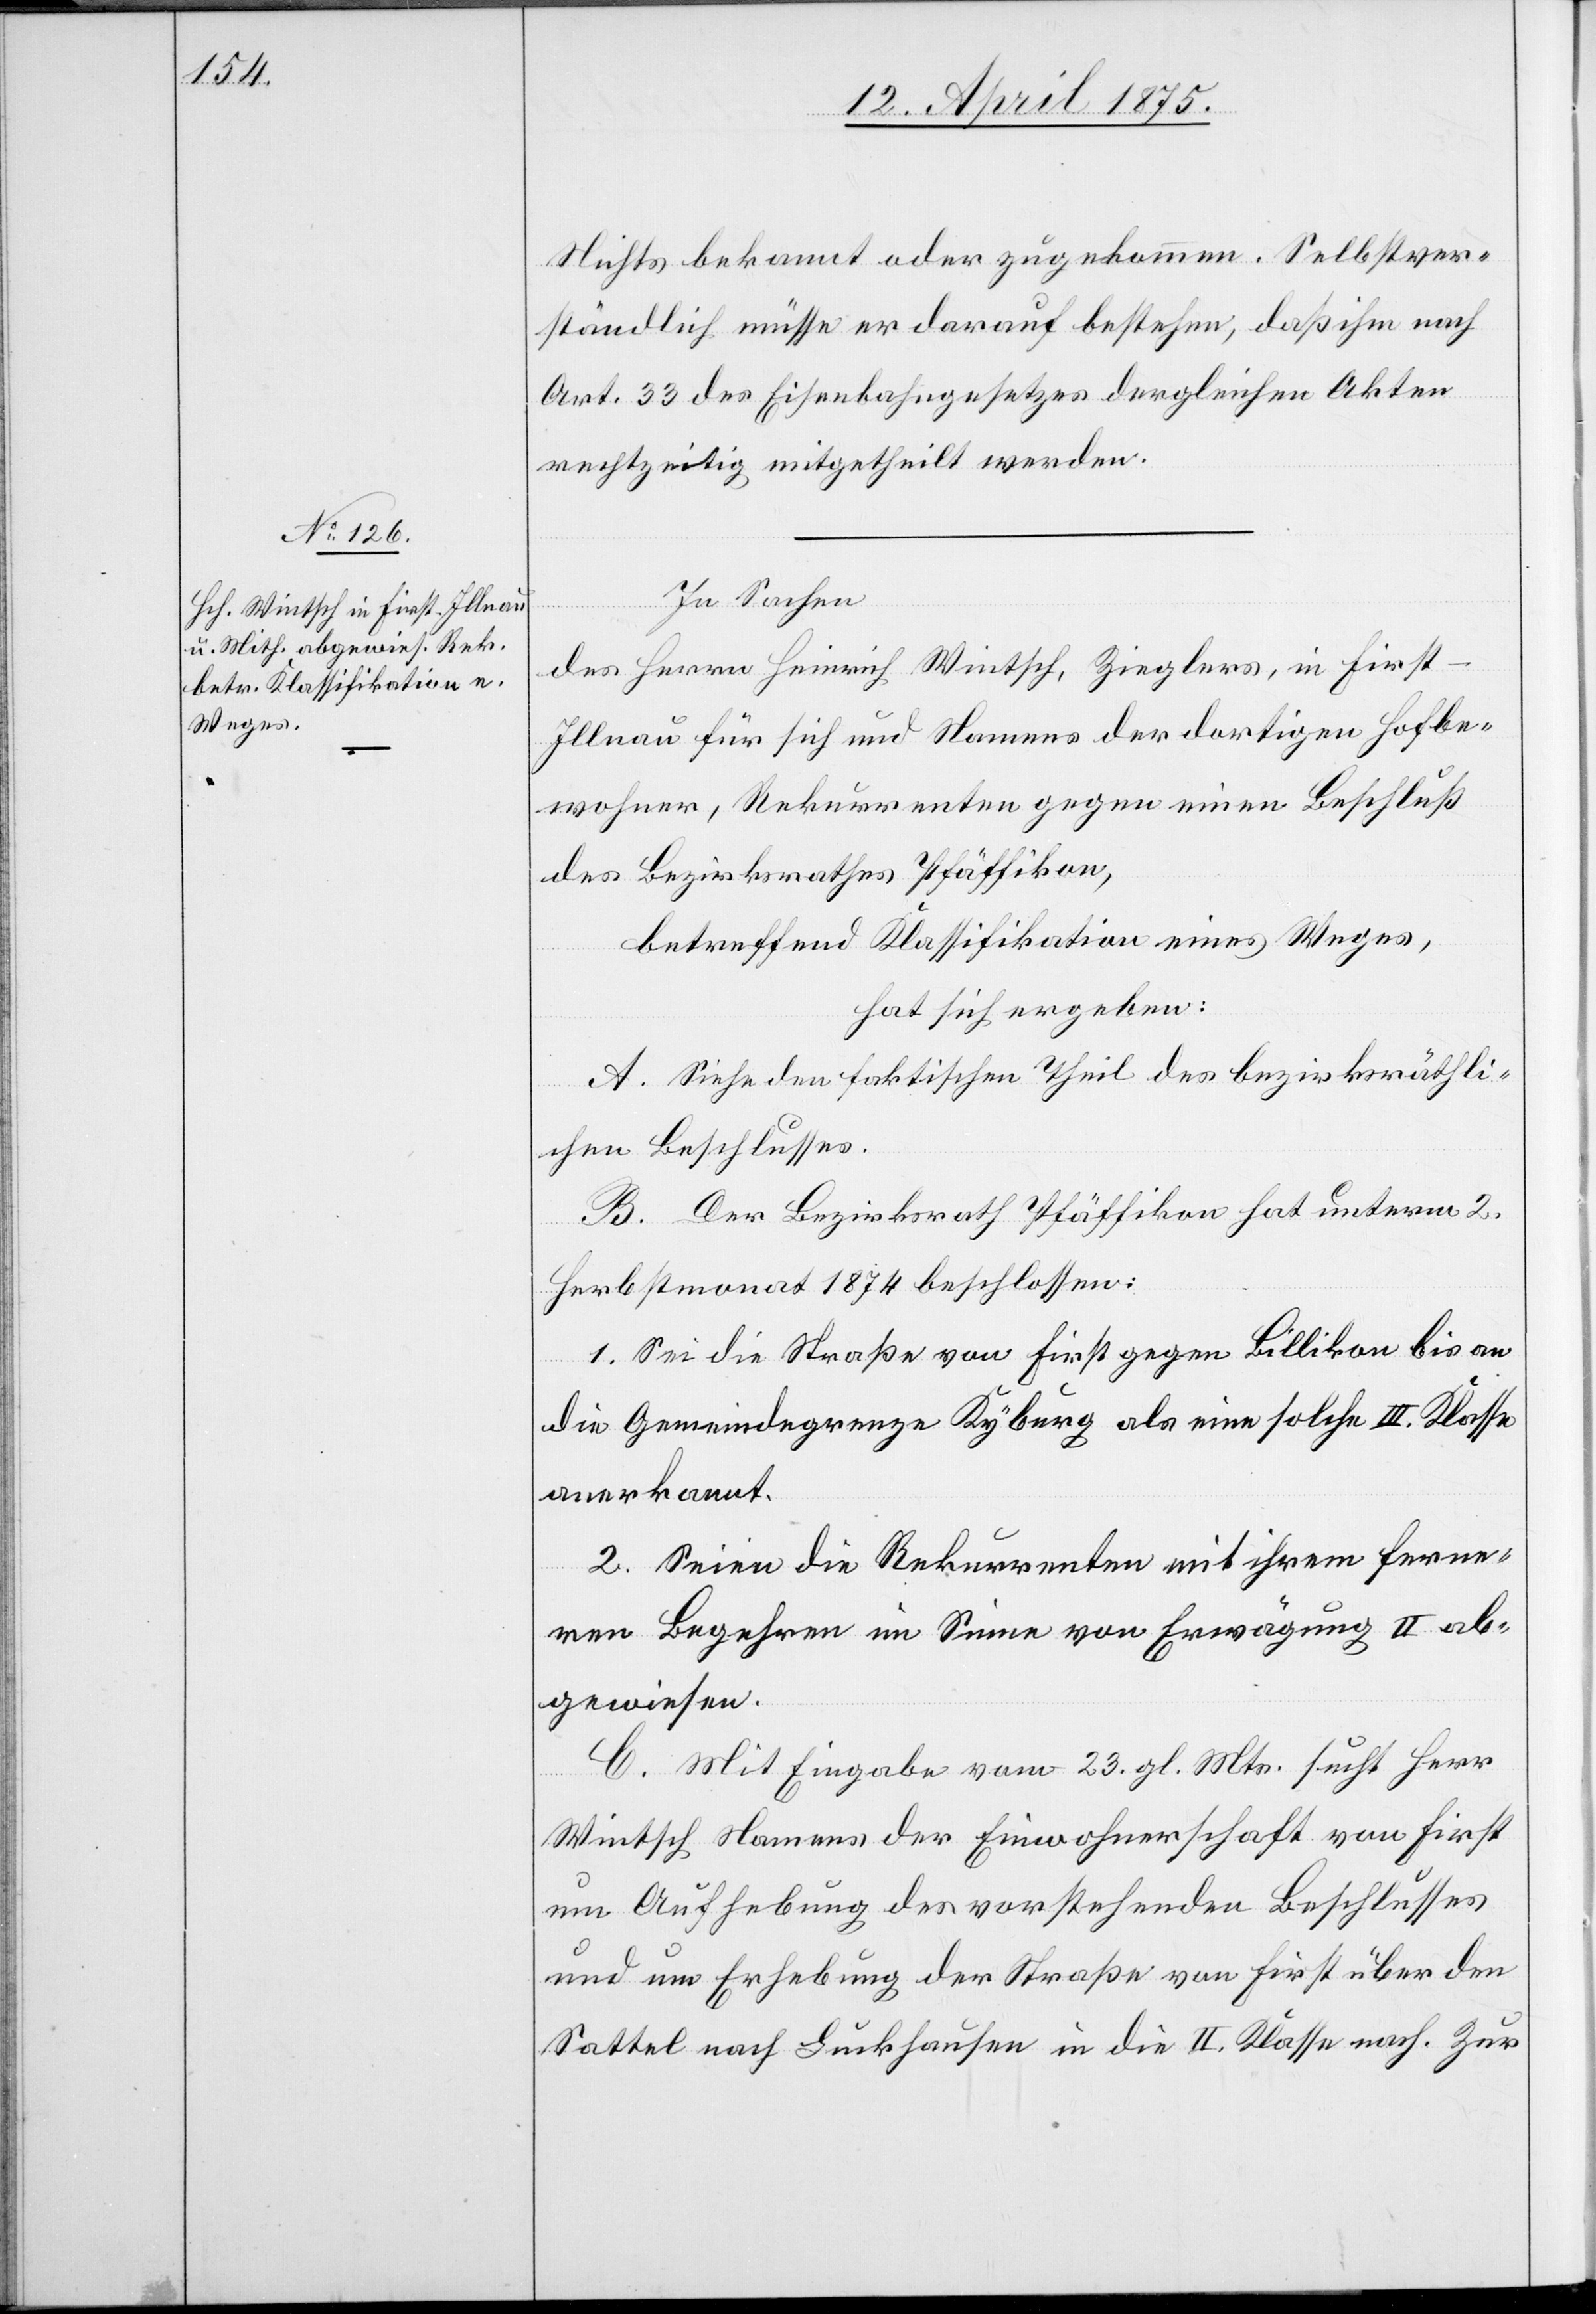
Nichts bekannt oder zugekommen. Selbstver¬
ständlich müsse er darauf bestehen, daß ihm nach
Art. 33 des Eisenbahngesetzes dergleichen Akten
rechtzeitig mitgetheilt werden.
In Sachen
des Herrn Heinrich Wintsch, Zieglers in First-I¬
llnau für sich und Namens der dortigen Hofbe¬
wohner, Rekurrenten gegen einen Beschluß
des Bezirksrathes Pfäffikon,
betreffend Klassifikation eines Weges
hat sich ergeben:
A. Siehe den faktischen Theil des bezirksräthli¬
chen Beschlusses.
B. Der Bezirksrath Pfäffikon hat unterm 2.
Herbstmonat 1874 beschlossen:
1. Sei die Straße von First gegen Billikon bis an
die Gemeindegrenze Kyburg als eine solche III. Klasse
anerkannt.
2. Seien die Rekurrenten mit ihrem ferne¬
ren Begehren im Sinne von Erwägung II ab¬
gewiesen.
C. Mit Eingabe vom 23. gl. Mts. sucht Herr
Wintsch Namens der Einwohnerschaft von First
um Aufhebung des vorstehenden Beschlusses
und um Erhebung der Straße von First über den
Sattel nach Luckhausen in die II. Klasse nach. Zur